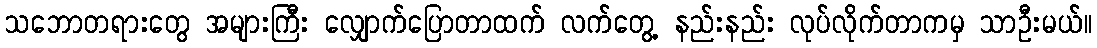
သဘောတရားတွေ အများကြီး လျှောက်ပြောတာထက် လက်တွေ့ နည်းနည်း လုပ်လိုက်တာကမှ သာဦးမယ်။